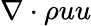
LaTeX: \nabla\cdot\rho uu